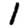
Digit: 1